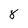
Character: 8